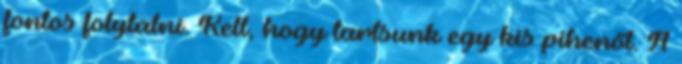
fontos folytatni. Kell, hogy tartsunk egy kis pihenőt. A